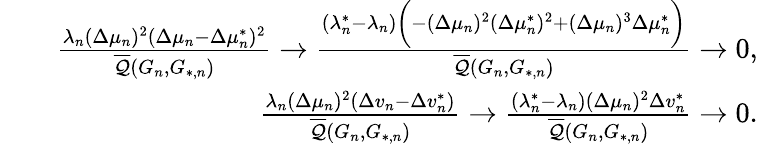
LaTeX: \begin{array}{rlr}&{}&{\frac{\lambda_{n}(\Delta\mu_{n})^{2}(\Delta\mu_{n}-\Delta\mu_{n}^{*})^{2}}{\overline{{\mathcal{Q}}}(G_{n},G_{*,n})}\to\frac{(\lambda_{n}^{*}-\lambda_{n})\biggr(-(\Delta\mu_{n})^{2}(\Delta\mu_{n}^{*})^{2}+(\Delta\mu_{n})^{3}\Delta\mu_{n}^{*}\biggr)}{\overline{{\mathcal{Q}}}(G_{n},G_{*,n})}\to 0,}\\ &{}&{\frac{\lambda_{n}(\Delta\mu_{n})^{2}(\Delta v_{n}-\Delta v_{n}^{*})}{\overline{{\mathcal{Q}}}(G_{n},G_{*,n})}\to\frac{(\lambda_{n}^{*}-\lambda_{n})(\Delta\mu_{n})^{2}\Delta v_{n}^{*}}{\overline{{\mathcal{Q}}}(G_{n},G_{*,n})}\to 0.}\end{array}